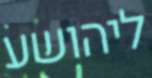
ליהושע